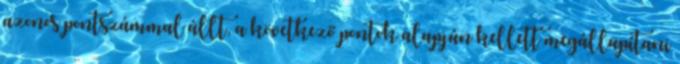
azonos pontszámmal állt, a következő pontok alapján kellett megállapítani